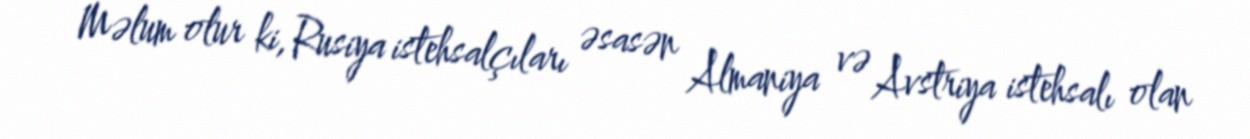
Məlum olur ki, Rusiya istehsalçıları əsasən Almaniya və Avstriya istehsalı olan